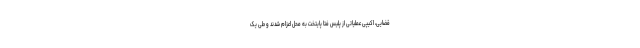
قضایی، اکیپی عملیاتی از پلیس فتا پایتخت به محل اعزام شدند و طی یک